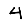
Digit: 4